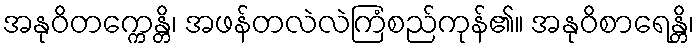
အနုဝိတက္ကေန္တိ၊ အဖန်တလဲလဲကြံစည်ကုန်၏။ အနုဝိစာရေန္တိ၊